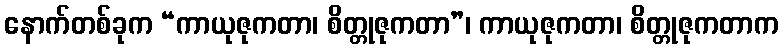
နောက်တစ်ခုက “ကာယုဇုကတာ၊ စိတ္တုဇုကတာ”၊ ကာယုဇုကတာ၊ စိတ္တုဇုကတာက